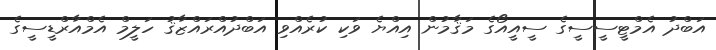
އަބްދު އެމްޓީސީސީގެ ސީއީއޯގެ މަޤާމުން އިއްޔެ ވަކި ކުރެއްވި އަބްދުއްރައްޒާޤު ހަލީމް އެމްއާރްޑީސީގެ